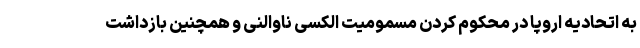
به اتحادیه اروپا در محکوم کردن مسمومیت الکسی ناوالنی و همچنین بازداشت